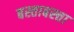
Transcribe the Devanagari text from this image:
बस्ताबस्त्ता